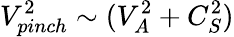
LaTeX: V_{pinch}^{2}\sim(V_{A}^{2}+C_{S}^{2})